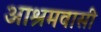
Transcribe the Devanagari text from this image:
आश्रमवासी